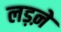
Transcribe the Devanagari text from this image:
लड़ऩे